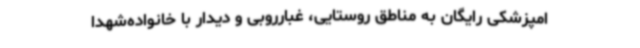
امپزشکی رایگان به مناطق روستایی، غبارروبی و دیدار با خانواده‌شهدا